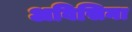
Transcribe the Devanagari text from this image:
अविसिना